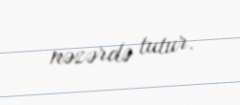
nəzərdə tutur.